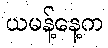
ယမန့်နေ့က